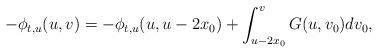
LaTeX: \begin{align*} -\phi_{t, u}(u, v)= -\phi_{t, u}(u, u-2x_0)+ \int_{u- 2x_0}^v G(u, v_0) dv_0, \end{align*}